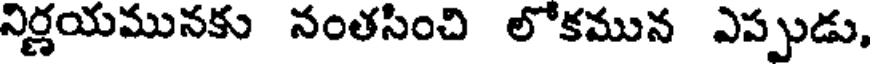
నిర్ణయమునకు నంతసించి లోకమున ఎప్పుడు,